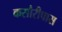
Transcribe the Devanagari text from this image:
कसौरीपास